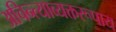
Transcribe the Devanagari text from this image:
अचिन्त्याव्यक्तरूपाय